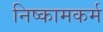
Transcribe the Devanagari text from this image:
निष्कामकर्म